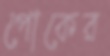
পোকের